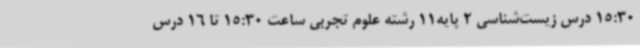
15:30 درس زیست‌شناسی 2 پایه11 رشته علوم تجربی ساعت 15:30 تا 16 درس